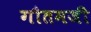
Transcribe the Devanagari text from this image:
गौतमजी